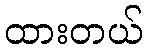
ထားတယ်